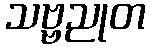
သဗ္ဗညုတ